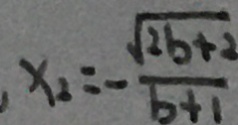
x _ { 2 } = - \frac { \sqrt { 2 b + 2 } } { b + 1 }